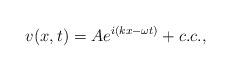
LaTeX: \begin{align*}v(x,t)=Ae^{i(kx-\omega t)}+c.c.,\end{align*}